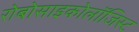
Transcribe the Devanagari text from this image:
रोबोसाइकोलॉजिस्ट